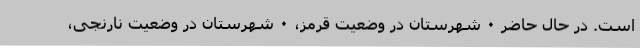
است. در حال حاضر ۰ شهرستان در وضعیت قرمز، ۰ شهرستان در وضعیت نارنجی،